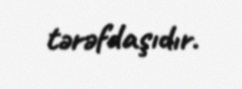
tərəfdaşıdır.